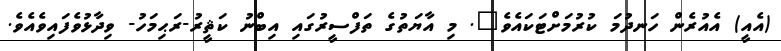
(އެއީ) އެއުރެން ހަނދުމަ ކުރުމަށްޓަކައެވެ". މި އާޔަތުގެ ތަފްސީރުގައި އިބްނު ކަޘީރު-ރަޙިމަހު- ވިދާޅުވެފައިވެއެވެ.